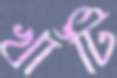
খাঁটি